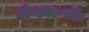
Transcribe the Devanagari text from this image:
डी॰एस॰सी॰